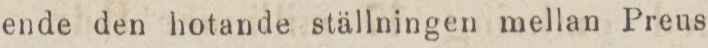
ende den hotande ställningen mellan Preus